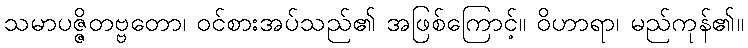
သမာပဇ္ဇိတဗ္ဗတော၊ ဝင်စားအပ်သည်၏ အဖြစ်ကြောင့်။ ဝိဟာရာ၊ မည်ကုန်၏။